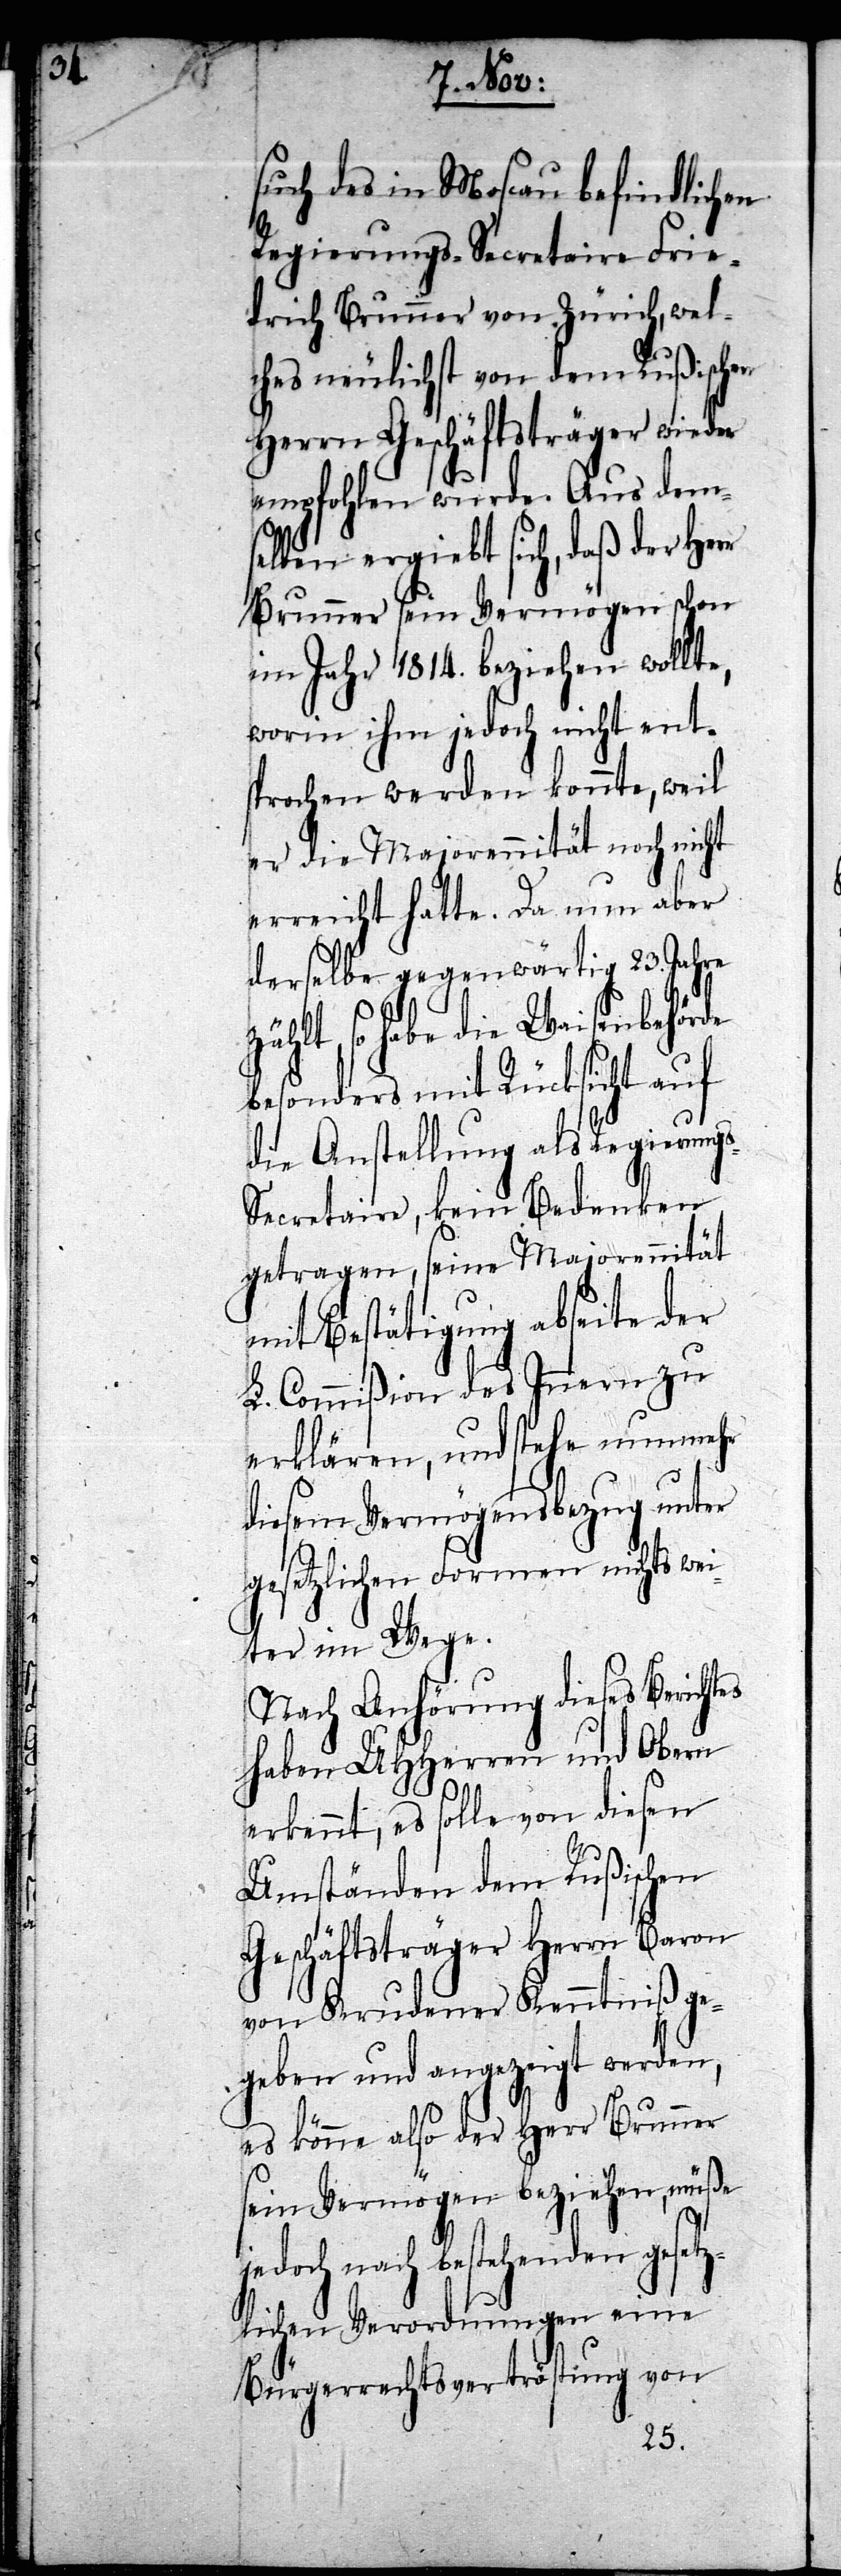
such des in Moscau befindlichen
Regierungs-Secretaire Frie¬
drich Brunner von Zürich, wel¬
ches neulichst von dem Rußischen
Herrn Geschäftsträger wieder
empfohlen wurde. Aus dem¬
selben ergiebt sich, daß der Her¬
r Brunner sein Vermögen schon
im Jahr 1814. beziehen wollte,
worin ihm jedoch nicht ent¬
sprochen werden konnte, weil
er die Majorennität noch nicht
erreicht hatte. Da nun aber
derselbe gegenwärtig 23. Jahre
zählt, so habe die Waisenbehörde
besonders mit Rücksicht auf
die Anstellung als Regierung¬
s-Secretair, kein Bedenken
getragen, seine Majorennität
mit Bestätigung abseite der
L. Commißion des Innern zu
erklären, und stehe nunmehr
diesem Vermögensbezug unter
gesetzlichen Formen nichts wei¬
ter im Wege.
Nach Anhörung dieses Berichtes
haben UHHerren und Obern
erkennt, es solle von diesen
Umständen dem Rußischen
Geschäftsträger Herrn Baron
von Krudener Kenntniß ge¬
geben und angezeigt werden,
es könne also der Herr Brunner
sein Vermögen beziehen, müße
jedoch nach bestehenden gese¬
tzlichen Verordnungen eine
Bürgerrechtsvertröstung von